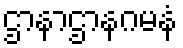
ဌာနာဌာနဂမနံ